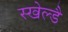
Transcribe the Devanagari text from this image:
स्खेल्डै